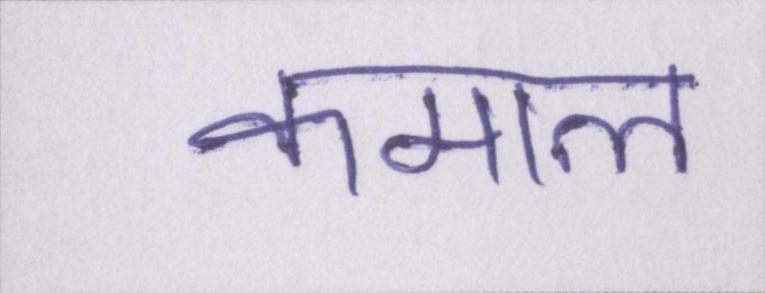
कमाल